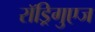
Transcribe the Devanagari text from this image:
राॅड्रिगुएज